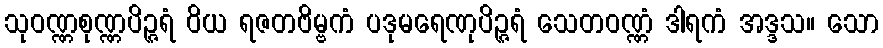
သုဝဏ္ဏစုဏ္ဏပိဉ္ဇရံ ဝိယ ရဇတဗိမ္ဗကံ ပဒုမရေဏုပိဉ္ဇရံ သေတဝဏ္ဏံ ဒါရကံ အဒ္ဒသ။ သော